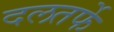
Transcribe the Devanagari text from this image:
दलतर्फे